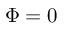
\Phi = 0